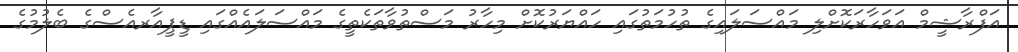
އަފްރާޝީމް އަވަހާރަކޮށްލި މައްސަލައިގެ ތުހުމަތުގައި ހައްޔަރުކޮށް މިހާރު މަސްތުވާތަކެތީގެ މައްސަލައެއްގައި ޑީޕީއާރއެސްގެ ބެލުމުގެ